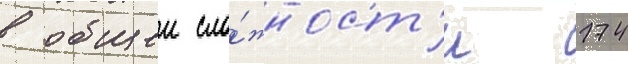
в общеи сло́жност'и 174